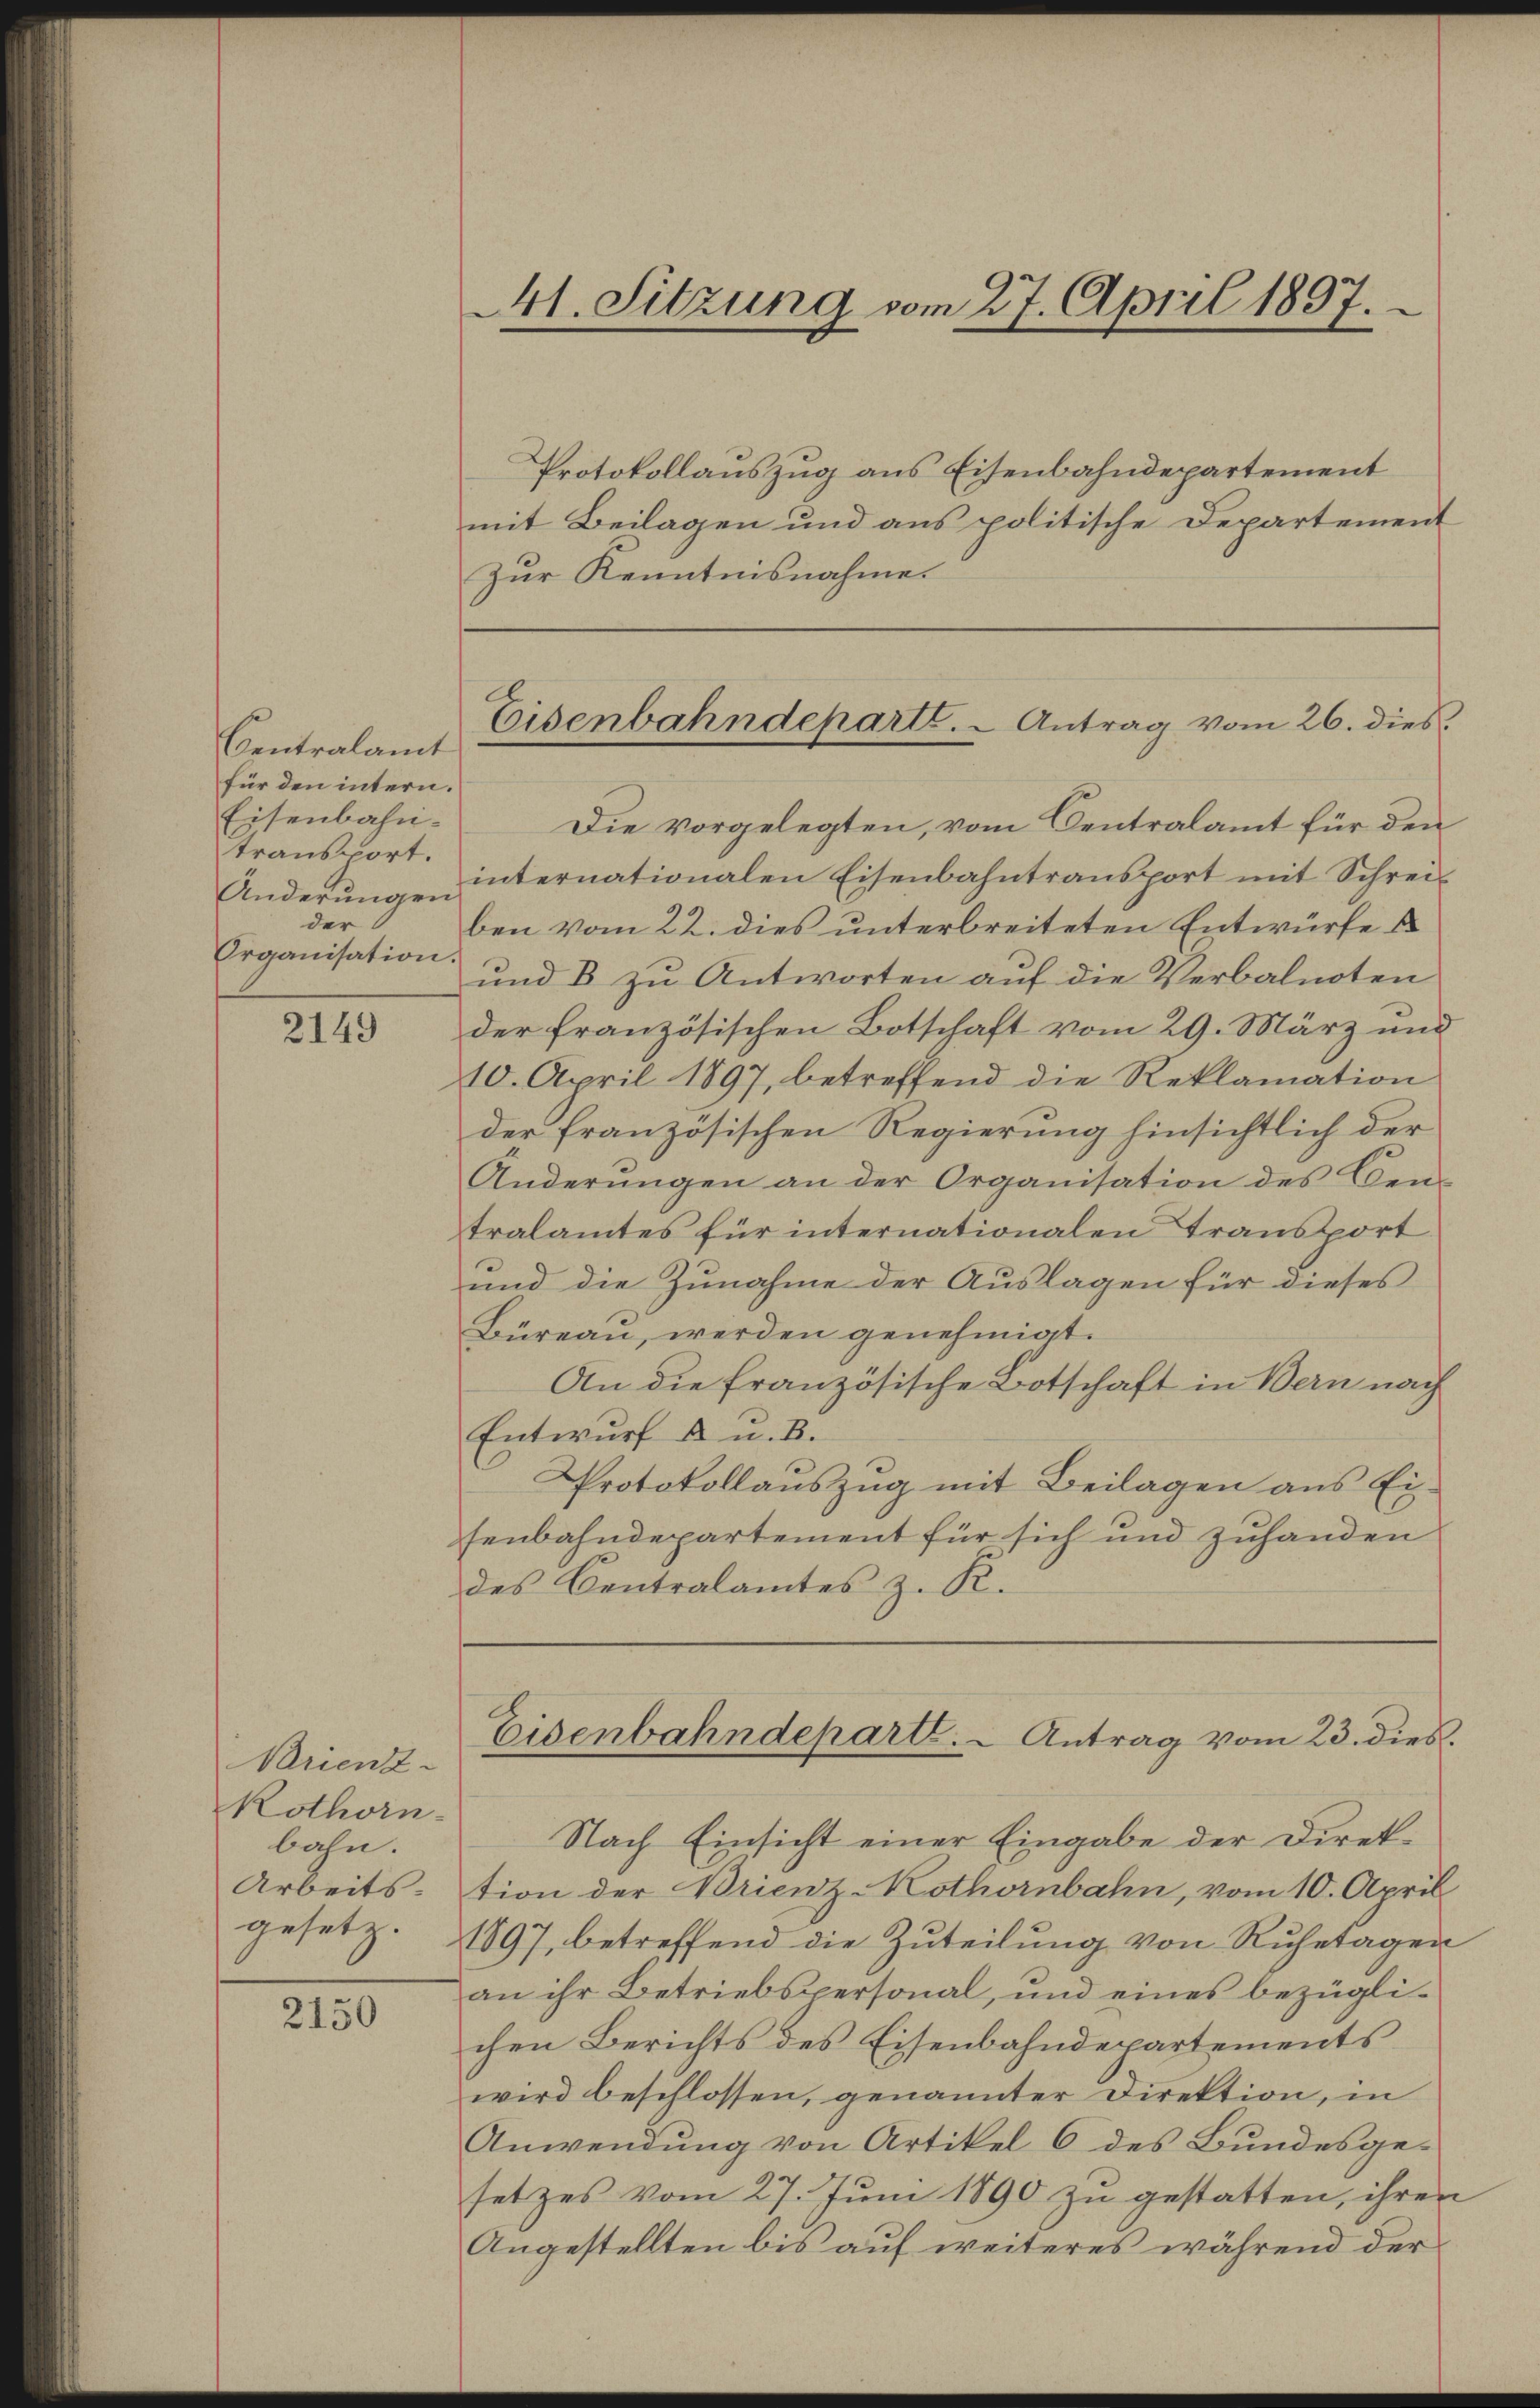
Centralamt
für den intern.
Eisenbahntransport.
Änderungen
der
Organisation

2149

Brient
kothorn-
bahn.
Arbeitsgesetz.

2150

41. Sitzung vom 27. April 1897.

Protokollauszug aus Eisenbahndepartement
mit Beilagen und aus politische Departement
Zŭr Kenntnisnahme.
Die vorgelegten, vom Centralamt für den
internationalen Eisenbahntransport mit Schreiben vom 22. dies unterbreiteten Entwürfe s
und B zu Antworten auf die Verbalnoten
der französischen Botschaft vom 29. März und
10. April 1897, betreffend die Reklamation
der französischen Regierung hinsichtlich der
Änderungen an der Organisation des Cen-
tralamtes für internationalen Transport
und die Zunahme der Auslagen für dieses
Büreau, werden genehmigt.
An die Französische Botschaft in Bern nach
Entwurf an. B.
Protokollauszug mit Beilagen aus Ei-
senbahndepartement für sich und zuhanden
des Centralamtes z. R.
Eisenbahndepart. - Antrag vom 23. dies.
Nach Einsicht einer Eingabe der Direktion der Brienz-Kothornbahn, vom 10. April
1897, betreffend die Zuteilung von Ruhetagen
an ihr Betriebspersonal, und eines bezüglichen Berichts des Eisenbahndepartements
wird beschlossen, genannter Direktion, in
Anwendung von Artikel 6 des Bundesgesetzes vom 27. Juni 1890 zu gestatten, ihren
Angestellten bis auf weiteres während der

Eisenbahndeparte. - Antrag vom 26. dies